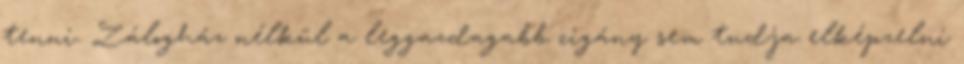
tenni. Zálogház nélkül a leggazdagabb cigány sem tudja elképzelni